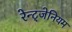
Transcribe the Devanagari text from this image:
रेन्ट्जेनियम